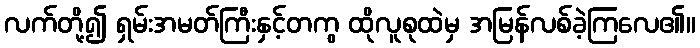
လက်တို့၍ ရှမ်းအမတ်ကြီးနှင့်တကွ ထိုလူစုထဲမှ အမြန်လစ်ခဲ့ကြလေ၏။